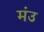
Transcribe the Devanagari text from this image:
मंउ